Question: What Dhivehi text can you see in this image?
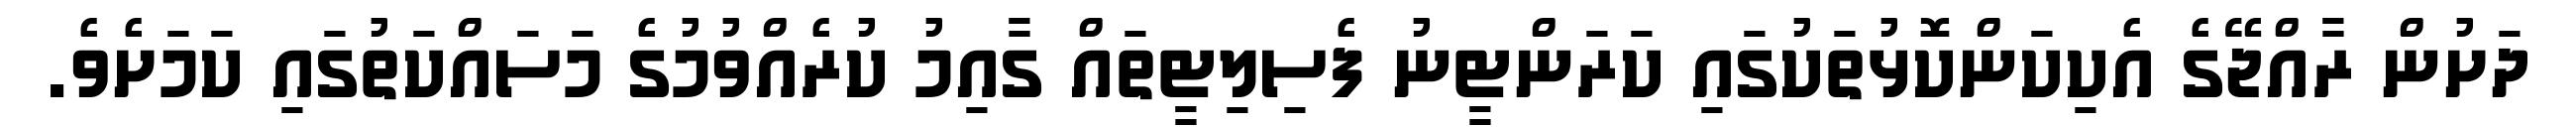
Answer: ދަށުން ރާއްޖޭގެ އެކިކަންކޮޅުތަކުގައި ކަރަންޓީނު ފެސިލިޓީތައް ގާއިމު ކުރެއްވުމުގެ މަސައްކަތުގައި ކަމަށެވެ.